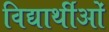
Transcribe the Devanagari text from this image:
विद्यार्थीओं